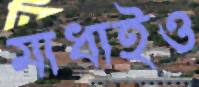
মাধাইও